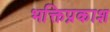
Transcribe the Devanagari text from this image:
भक्तिप्रकाश